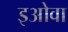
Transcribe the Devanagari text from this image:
इओवा